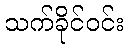
သက်ခိုင်ဝင်း